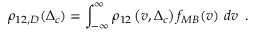
\rho _ { 1 2 , D } ( \Delta _ { c } ) = \int _ { - \infty } ^ { \infty } \rho _ { 1 2 } \left( v , \Delta _ { c } \right) f _ { M B } ( v ) ~ d v \, \, \, .